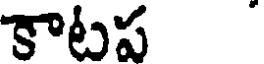
కాటప